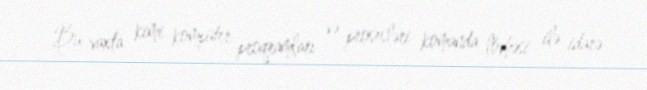
Bu vaxta kimi kompüter proqramları və prosesləri komanda lövhəsi ilə idarə